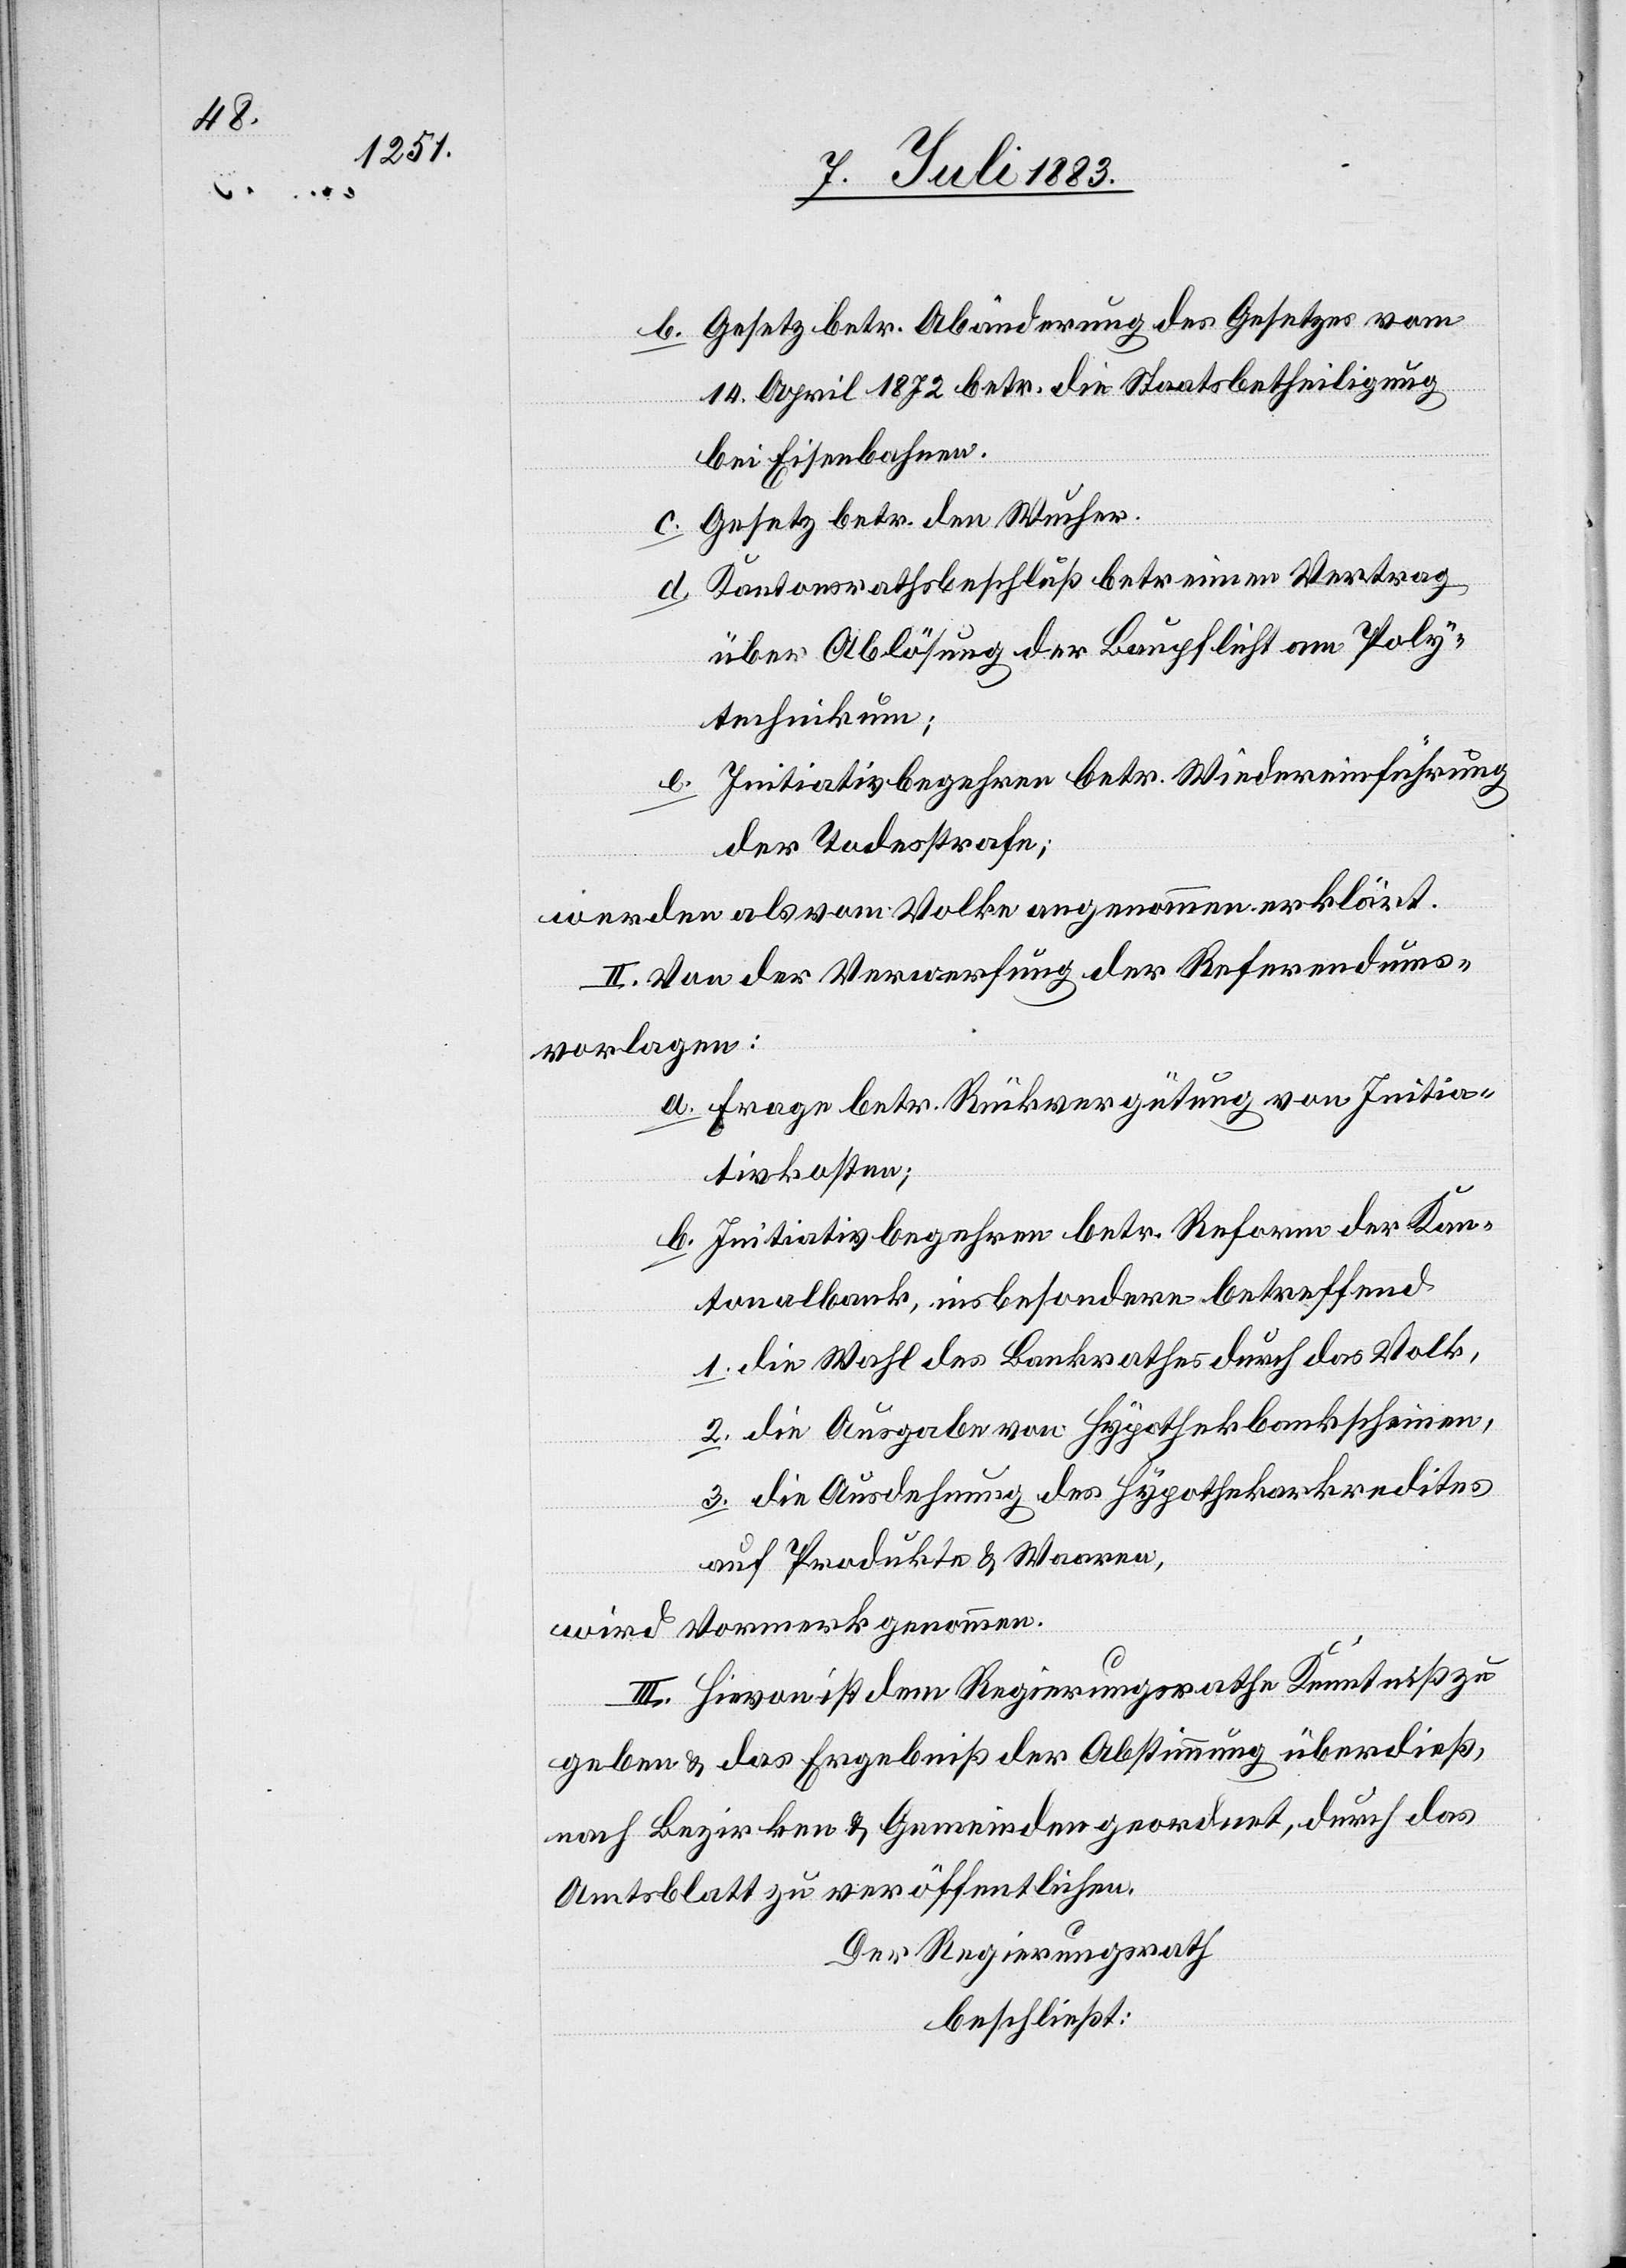
b. Gesetz betr. Abänderung des Gesetzes vom
14. April 1872 betr. die Staatsbetheiligung
bei Eisenbahnen.
c. Gesetz betr. den Wucher.
d. Kantonsrathsbeschluß betr. einen Vertrag
über Ablösung der Baupflicht am Poly¬
technikum;
e. Initiativbegehren betr. Wiedereinführung
der Todesstrafe;
werden als vom Volke angenommen erklärt.
II. Von der Verwerfung der Referendums¬
vorlagen:
a. Frage betr. Rückvergütung von Initia¬
tivkosten;
b. Initiativbegehren betr. Reform der Kan¬
tonalbank, insbesondere betreffend
1. die Wahl des Bankrathes durch das Volk,
2. die Ausgabe von Hypothekbankscheinen,
3. die Ausdehnung des Hypothekarkredites
auf Produkte & Waaren,
wird Vormerk genommen.
III. Hievon ist dem Regierungsrathe Kenntniß zu
geben & das Ergebniß der Abstimmung überdieß,
nach Bezirken & Gemeinden geordnet, durch das
Amtsblatt zu veröffentlichen.
Der Regierungsrath
beschließt: